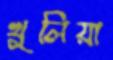
খুলিয়া